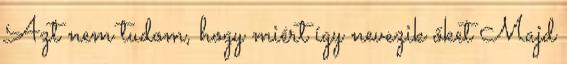
Azt nem tudom, hogy miért így nevezik őket Majd